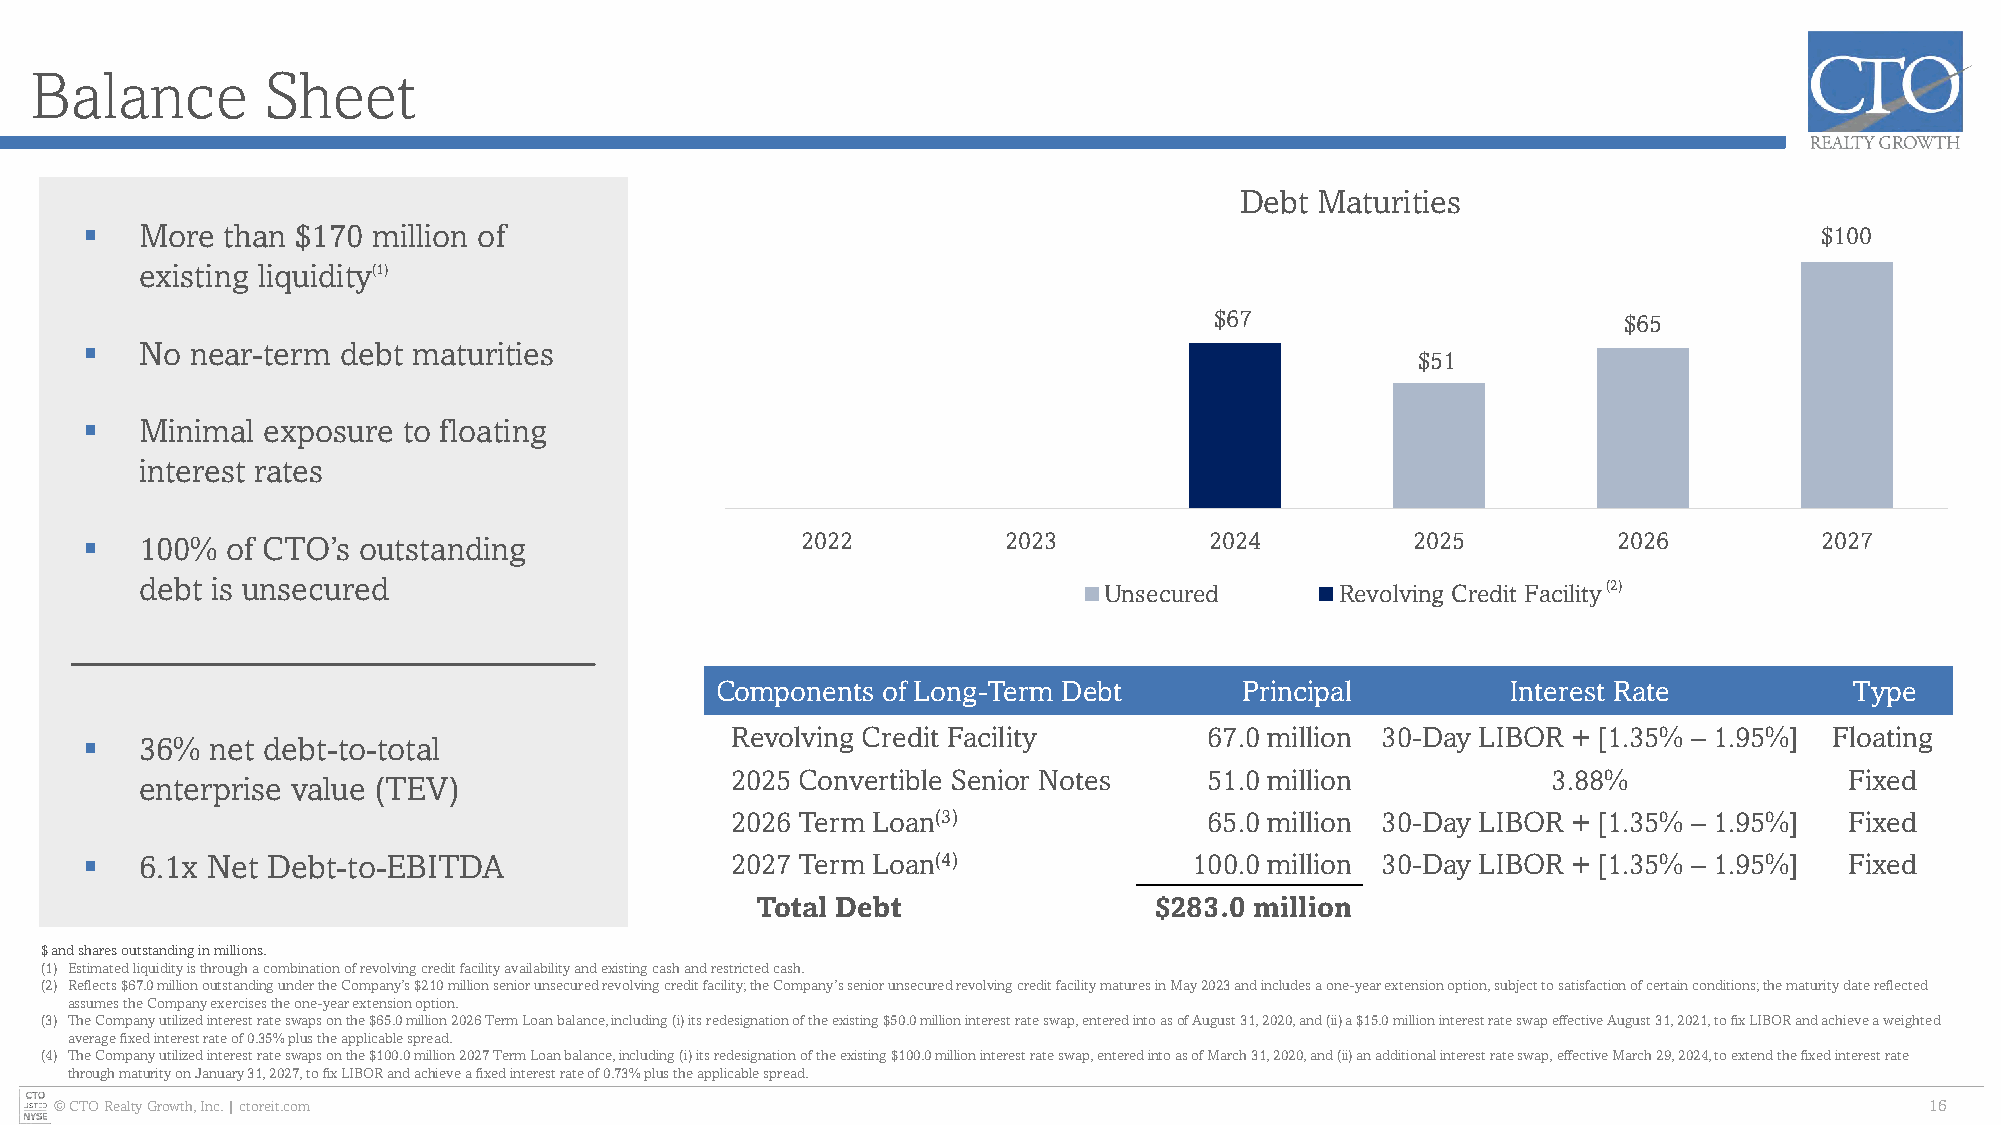
Balance        Sheet
 Debt Maturities
 ▪   More  than $170 million of                                                                                      $100
 existing liquidity(1)
 $67                        $65
 ▪   No  near-term debt maturities
 $51
 ▪   Minimal exposure  to floating
 interest rates
 ▪   100%  of CTO’s outstanding                  2022         2023          2024         2025          2026         2027
 debt is unsecured                                               Unsecured       Revolving Credit Facility(2)
 Components of Long-Term Debt       Principal         Interest Rate          Type
 Revolving Credit Facility       67.0 million 30-Day LIBOR + [1.35% – 1.95%] F l o ating
 ▪   36%  net debt-to-total
 2025 Convertible Senior Notes   51.0 million           3.88%              Fixed
 enterprise value (TEV)
 2026 Term Loan(3)               65.0 million 30-Day LIBOR + [1.35% – 1.95%] F i xed
 ▪   6.1x Net Debt-to-EBITDA                2027 Term Loan(4)              100.0 million 30-Day LIBOR + [1.35% – 1.95%] F i xed
 Total Debt                $283.0 million
 $ and shares outstanding in millions.
 (1) Estimated liquidity is through a combination of revolving credit facility availability and existing cash and restricted cash.
 (2) Reflects $67.0 million outstanding under the Company’s $210 million senior unsecured revolving credit facility; the Company’s senior unsecured revolving credit facility matures in May 2023 and includes a one-year extension option, subject to satisfaction of certain conditions; the maturity date reflected
 assumes the Company exercises the one-year extension option.
 (3) The Company utilized interest rate swaps on the $65.0 million 2026 Term Loan balance, including (i) its redesignation of the existing $50.0 million interest rate swap, entered into as of August 31, 2020, and (ii) a $15.0 million interest rate swap effective August 31, 2021, to fix LIBOR and achieve a weighted
 average fixed interest rate of 0.35% plus the applicable spread.
 (4) The Company utilized interest rate swaps on the $100.0 million 2027 Term Loan balance, including (i) its redesignation of the existing $100.0 million interest rate swap, entered into as of March 31, 2020, and (ii) an additionalinterest rate swap, effective March 29, 2024, to extend the fixed interest rate
 through maturity on January 31, 2027, to fix LIBOR and achieve a fixed interest rate of 0.73% plus the applicable spread.
 © CTO Realty Growth, Inc. | ctoreit.com                                                                                     16